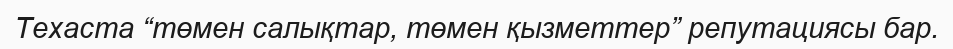
Техаста “төмен салықтар, төмен қызметтер” репутациясы бар.